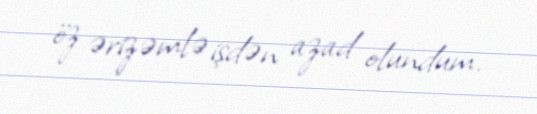
öz ərizəmlə işdən azad olundum.